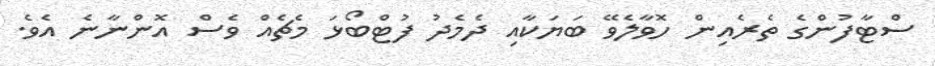
ސްޓާފުންގެ ތެރެއިން ހޮވާލެވޭ ބަޔަކާއި ދެމެދު ފުޓްބޯޅަ މެޗެއް ވެސް އޮންނާނެ އެވެ.